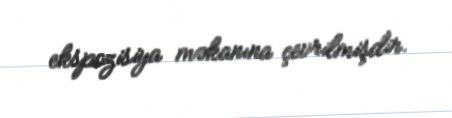
ekspozisiya məkanına çevrilmişdir.